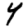
Digit: 4